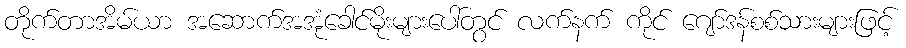
တိုက်တာအိမ်ယာ အဆောက်အအုံခေါင်မိုးများပေါ်တွင် လက်နက် ကိုင် ဂျော်ဒန်စစ်သားများဖြင့်